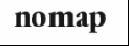
nomap